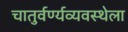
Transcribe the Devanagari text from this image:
चातुर्वर्ण्यव्यवस्थेला